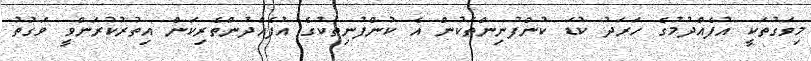
މިވަގުތަކީ އުފެއްދުމުގެ ހަރަދު ކުޑަ ކުންފުނިންތަކުން އެ ކުންފުނިތަކުގެ އުފެއްދުންތެރިކަން އިތުރުކުރަންވީ ވަގުތު